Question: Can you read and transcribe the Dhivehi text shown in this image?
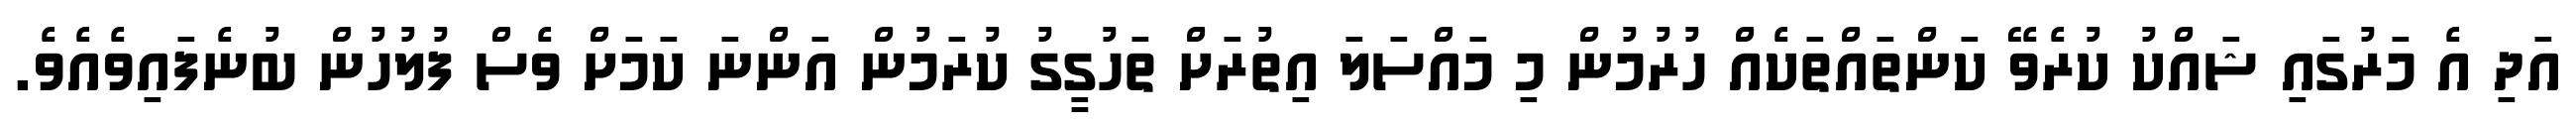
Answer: އަދި އެ މަރުގައި ޝައްކު ކުރެވޭ ކަންތައްތަކެއް ހުރުމުން މި މައްސަލަ އިތުރަށް ތަހުގީގު ކުރަމުން އަންނަ ކަމަށް ވެސް ފުލުހުން ބުނެފައިވެއެވެ.